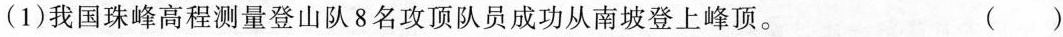
(1)我国珠峰高程测量登山队8名攻顶队员成功从南坡登上峰顶。 ()